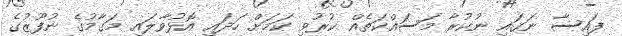
ފައިސާ ނަގައި ނުކުރާ މަސައްކަތެއް ކުރުވި ކަމަށް ހަދައި އޮޅުވާލައި މަގާމުގެ ނުފޫޒުގެ